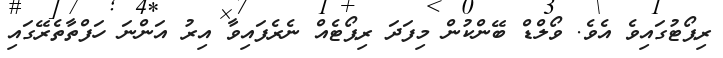
ރިޕޯޓުގައިވެ އެވެ. ވޯލްޑް ބޭންކުން މިފަދަ ރިޕޯޓެއް ނެރެފައިވާ އިރު އަންނަ ހަފްތާތެރޭގައި